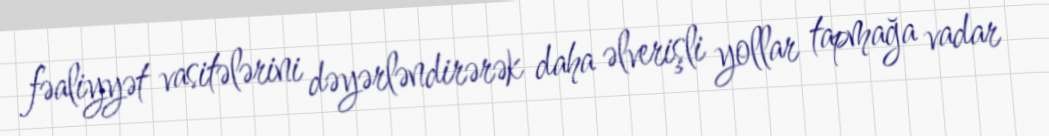
fəaliyyət vasitələrini dəyərləndirərək daha əlverişli yollar tapmağa vadar